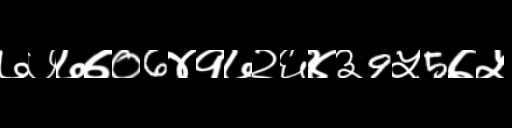
Text: ७७७७०6४१७२६४३9५5७५